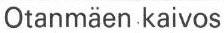
Otanmäen.kaivos